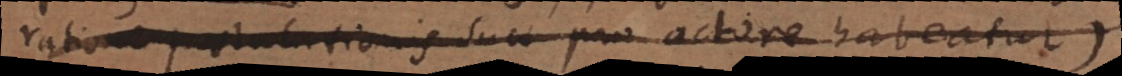
ratione exceptionis suae pro actore habeatur.